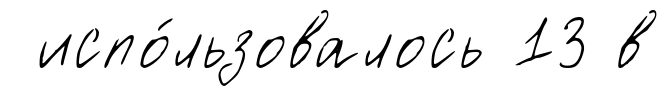
испо́льзовалось 13 в